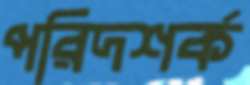
পরিদশর্ক